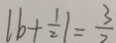
\vert b + \frac { 1 } { 2 } \vert = \frac { 3 } { 2 }